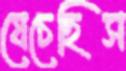
যেচেছিস